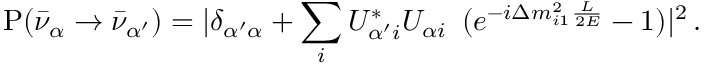
{ \mathrm P } ( \bar { \nu } _ { \alpha } \to \bar { \nu } _ { \alpha ^ { \prime } } ) = | \delta _ { { \alpha ^ { \prime } } \alpha } + \sum _ { i } U _ { \alpha ^ { \prime } i } ^ { * } U _ { \alpha i } \, ~ ( e ^ { - i \Delta m _ { i 1 } ^ { 2 } \frac { L } { 2 E } } - 1 ) | ^ { 2 } \, .